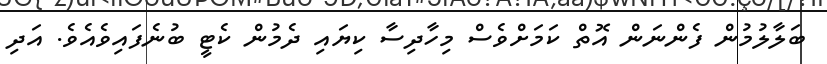
ބަލާލުމުން ފެންނަން އޮތް ކަމަށްވެސް މިހާދިސާ ކިޔައި ދެމުން ކެޓީ ބުނެފައިވެއެވެ. އަދި